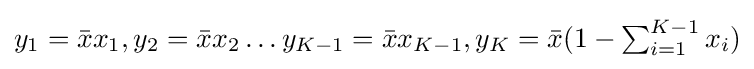
y_{1}={\bar {x}}x_{1},y_{2}={\bar {x}}x_{2}\ldots y_{K-1}={\bar {x}}x_{K-1},y_{K}={\bar {x}}(1-\textstyle \sum _{i=1}^{K-1}x_{i})